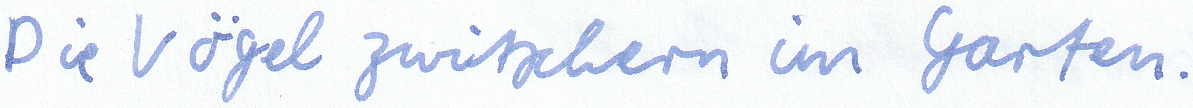
Die Vögel zwitschern im Garten.